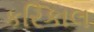
કરિકાલ